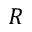
R